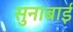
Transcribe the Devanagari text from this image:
सुनाबाई